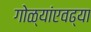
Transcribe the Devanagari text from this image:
गोळ्यांएवढ्या